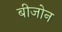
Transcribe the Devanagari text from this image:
बीजोन